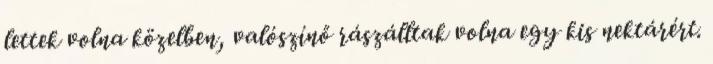
lettek volna közelben, valószínő rászálltak volna egy kis nektárért.